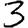
Digit: 3